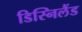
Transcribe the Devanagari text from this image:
डिस्निलैंड